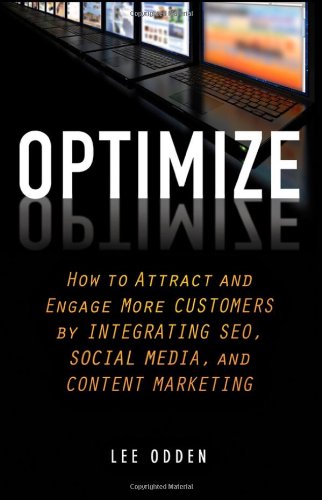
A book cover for Optimize: How to Attract and Engage More Customers by Integrating SEO, Social Media, and Content Marketing; Lee Odden; Computers & Technology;